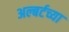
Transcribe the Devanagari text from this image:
अल्बर्टच्या